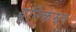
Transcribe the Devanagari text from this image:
युनिकेम्र्ल